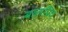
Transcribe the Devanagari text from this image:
बालप्रिय